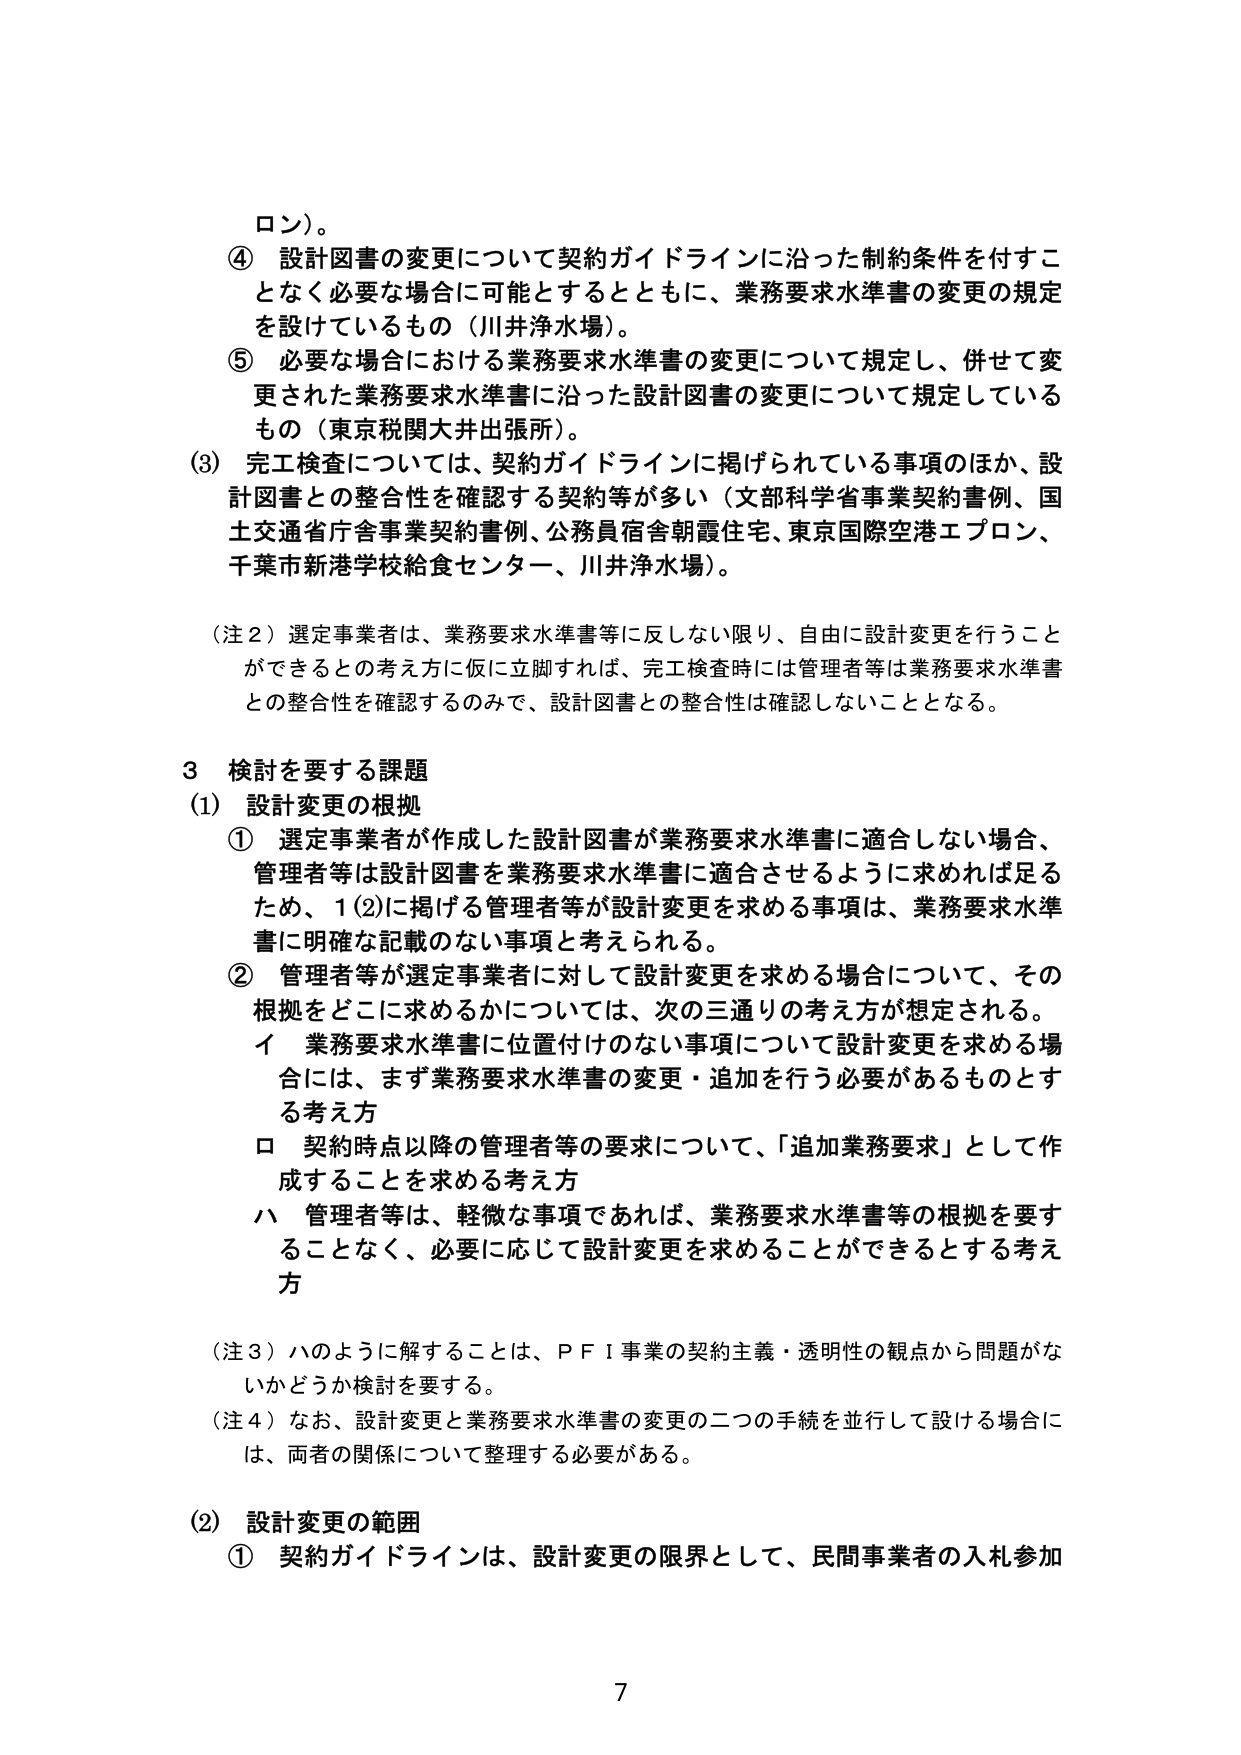
ロン）。

④ 設計図書の変更について契約ガイドラインに沿った制約条件を付すことなく必要な場合に可能とするとともに、業務要求水準書の変更の規定を設けているもの（川井浄水場）。

⑤ 必要な場合における業務要求水準書の変更について規定し、併せて変更された業務要求水準書に沿った設計図書の変更について規定しているもの（東京税関大井出張所）。

(3) 完工検査については、契約ガイドラインに掲げられている事項のほか、設計図書との整合性を確認する契約等が多い（文部科学省事業契約書例、国土交通省庁舎事業契約書例、公務員宿舎朝霞住宅、東京国際空港エプロン、千葉市新港学校給食センター、川井浄水場）。

（注２）選定事業者は、業務要求水準書等に反しない限り、自由に設計変更を行うことができるとの考え方に仮に立脚すれば、完工検査時には管理者等は業務要求水準書との整合性を確認するのみで、設計図書との整合性は確認しないこととなる。

３ 検討を要する課題

(1) 設計変更の根拠

① 選定事業者が作成した設計図書が業務要求水準書に適合しない場合、管理者等は設計図書を業務要求水準書に適合させるように求めれば足るため、１(2)に掲げる管理者等が設計変更を求める事項は、業務要求水準書に明確な記載のない事項と考えられる。

② 管理者等が選定事業者に対して設計変更を求める場合について、その根拠をどこに求めるかについては、次の三通りの考え方が想定される。

　イ 業務要求水準書に位置付けのない事項について設計変更を求める場合には、まず業務要求水準書の変更・追加を行う必要があるものとする考え方

　ロ 契約時点以降の管理者等の要求について、「追加業務要求」として作成することを求める考え方

　ハ 管理者等は、軽微な事項であれば、業務要求水準書等の根拠を要することなく、必要に応じて設計変更を求めることができるとする考え方

（注３）ハのように解することは、ＰＦＩ事業の契約主義・透明性の観点から問題がないかどうか検討を要する。

（注４）なお、設計変更と業務要求水準書の変更の二つの手続を並行して設ける場合には、両者の関係について整理する必要がある。

(2) 設計変更の範囲

① 契約ガイドラインは、設計変更の限界として、民間事業者の入札参加

7